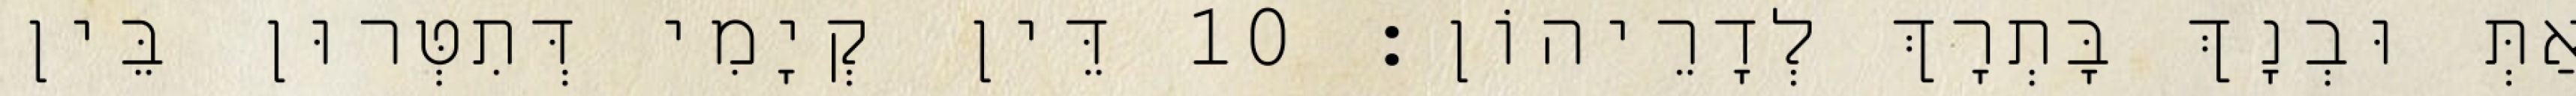
אַתְּ וּבְנָךְ בָּתְרָךְ לְדָרֵיהוֹן׃ 10 דֵּין קְיָמִי דְּתִטְּרוּן בֵּין